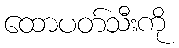
ထောပတ်သီးကို